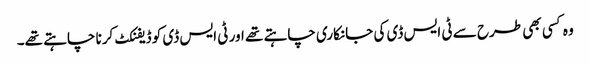
وہ کسی بھی طرح سے ٹی ایس ڈی کی جانکاری چاہتے تھے اور ٹی ایس ڈی کو ڈیفنکٹ کرنا چاہتے تھے۔